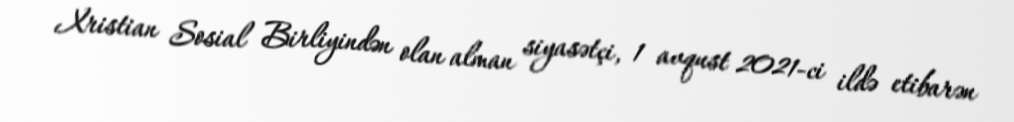
Xristian Sosial Birliyindən olan alman siyasətçi, 1 avqust 2021-ci ildə etibarən